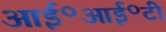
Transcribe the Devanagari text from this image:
आई॰आई॰टी